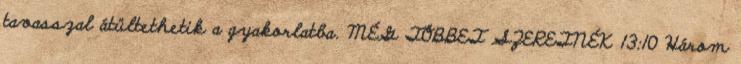
tavasszal átültethetik a gyakorlatba. MÉG TÖBBET SZERETNÉK 13:10 Három